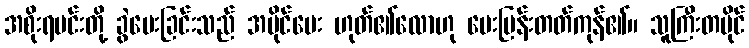
အစိုးရမင်းတို့ ခွဲပေးခြင်းသည် အပိုင်ပေး ဟုတ်၏လောဟု မေးမြန်းတတ်ကုန်၏။ သူကြီးတပိုင်